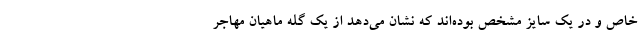
خاص و در یک سایز مشخص بوده‌اند که نشان می‌دهد از یک گله ماهیان مهاجر